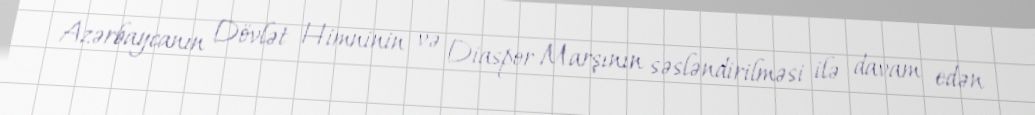
Azərbaycanın Dövlət Himninin və Diaspor Marşının səsləndirilməsi ilə davam edən